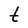
Character: t